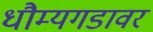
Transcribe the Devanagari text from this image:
धौम्यगडावर